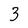
Character: 3